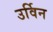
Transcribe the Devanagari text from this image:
उर्विन